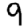
Digit: 9